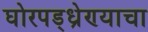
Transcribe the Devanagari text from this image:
घोरपड्ध्रेण्याचा